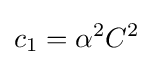
c_{1}=\alpha ^{2}C^{2}